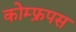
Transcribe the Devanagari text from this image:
कोम्‍फ्रपस